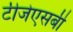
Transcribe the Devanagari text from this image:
टीजेएसबी